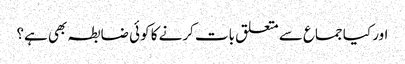
اور کیا جماع سے متعلق بات کرنے کا کوئی ضابطہ بھی ہے؟